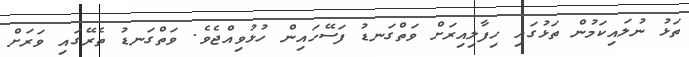
ތަޅު ނުލައިކަމުން ތަޅުގައި ހިފާލިއިރަށް ވަތްގަނޑު ފަސޭހައިން ހުޅުވިއްޖެވެ. ވަތްގަނޑު ތެރޭގައި ވަރަށް